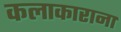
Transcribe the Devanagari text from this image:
कलाकाराना